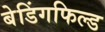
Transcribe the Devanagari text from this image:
बेडिंगफिल्ड